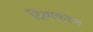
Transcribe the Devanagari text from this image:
दिव्यकरण